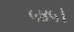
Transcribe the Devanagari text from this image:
५४५।